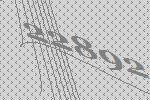
22892